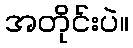
အတိုင်းပဲ။